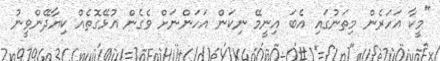
"މީކާ އަހަރެން މިތަނުގައި އެބަ އިނީމޭ ނިކަން އަހަންނަށް ވެގެން އުޅޭގޮތެއް ކިޔާދޭންވީނު